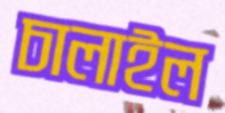
চালাইল